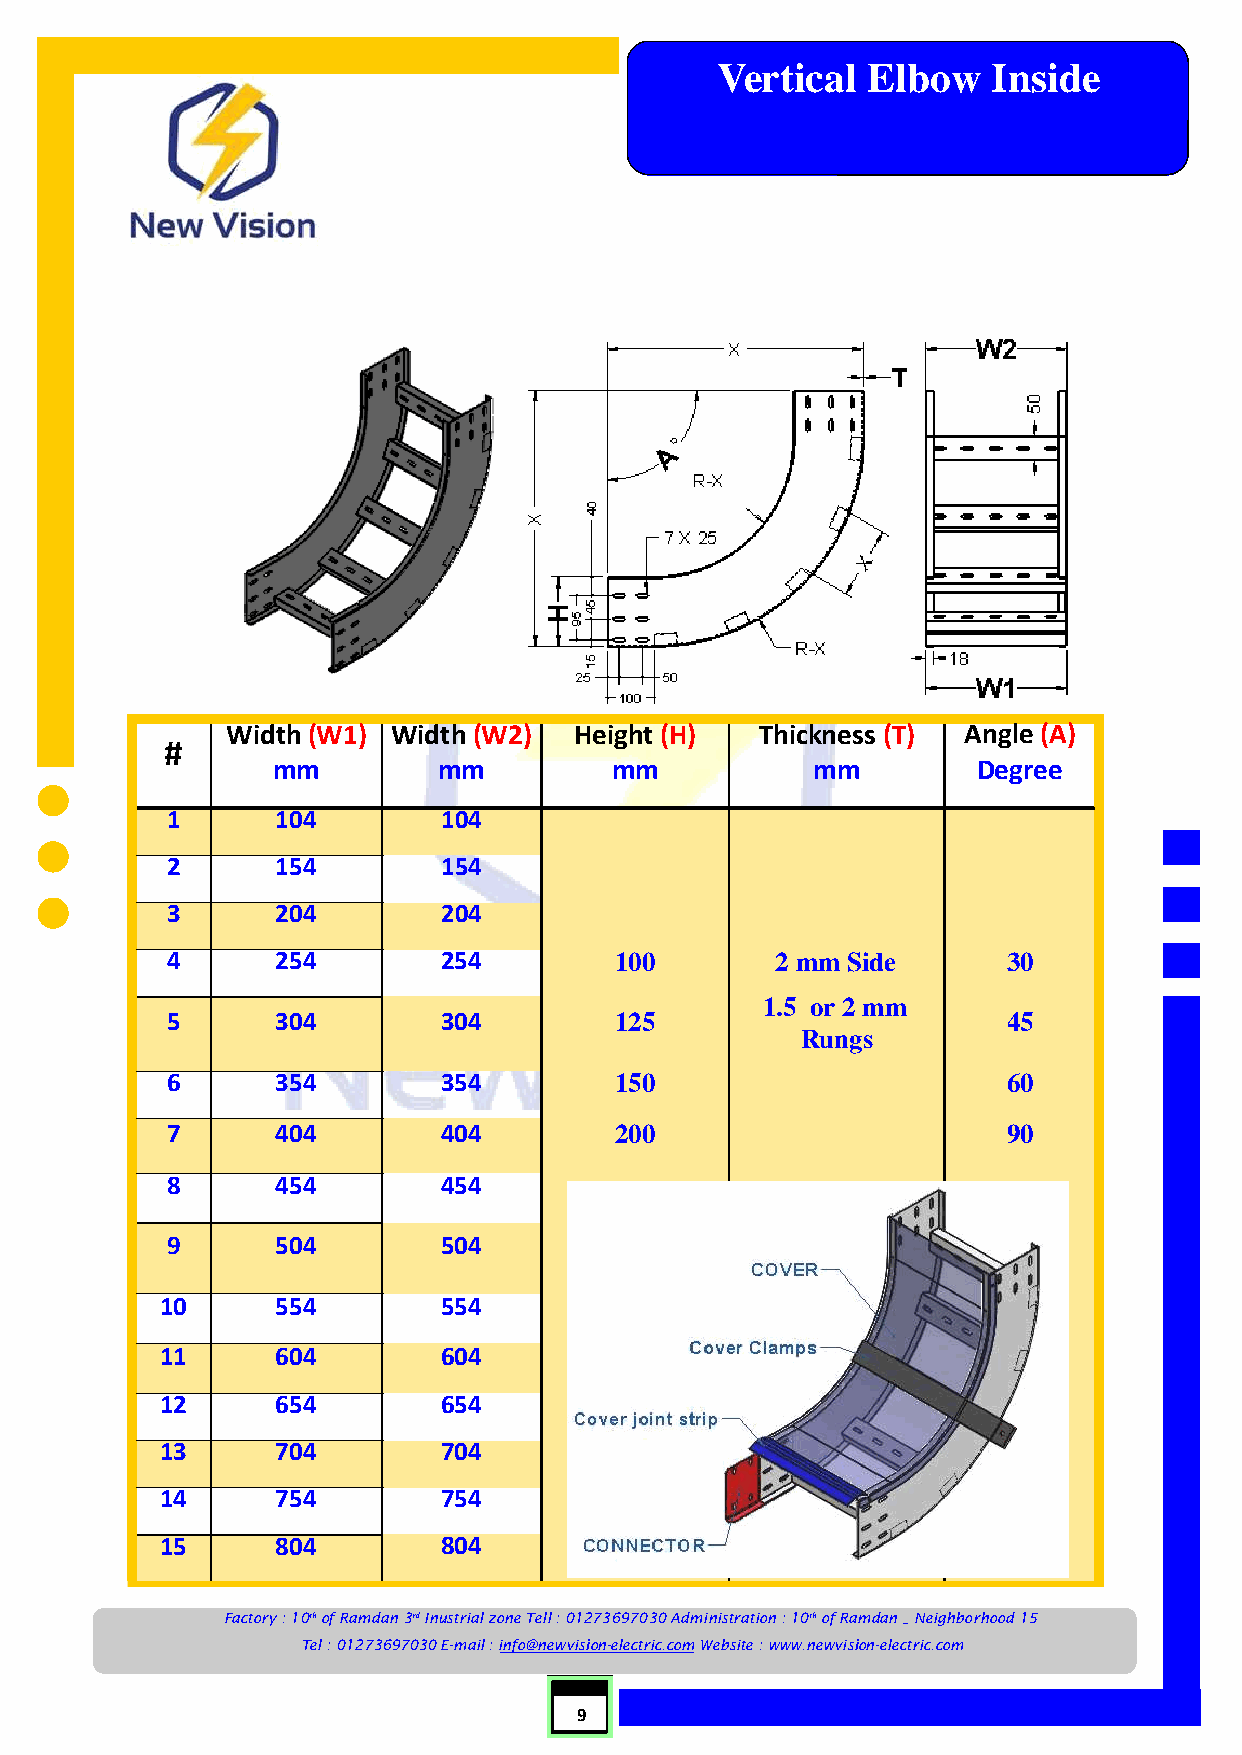
C  Vertical  Elbow    Inside
 a
 b
 l
 e
 L
 a
 d
 d
 e
 r
 s
 Width (W1) Width (W2)  Height (H)  Thickness (T) Angle (A)
 #
 mm         mm         mm            mm         Degree
 1      104        104
 2      154        154
 3      204        204
 4      254        254         100       2 mm Side       30
 1.5 or 2 mm
 5      304        304         125                       45
 Rungs
 6      354        354         150                       60
 7      404        404         200                       90
 8      454        454
 9      504        504
 10     554        554
 11     604        604
 12     654        654
 13     704        704
 14     754        754
 15     804        804
 Factory : 10th of Ramdan 3rd Inustrial zone Tell : 01273697030 Administration : 10th of Ramdan _ Neighborhood 15
 Tel : 01273697030 E-mail : info@newvision-electric.com Website : www.newvision-electric.com
 9